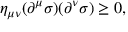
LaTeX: \eta _ { \mu \nu } ( \partial ^ { \mu } \sigma ) ( \partial ^ { \nu } \sigma ) \geq 0 ,